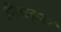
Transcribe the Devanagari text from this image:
निजदासां